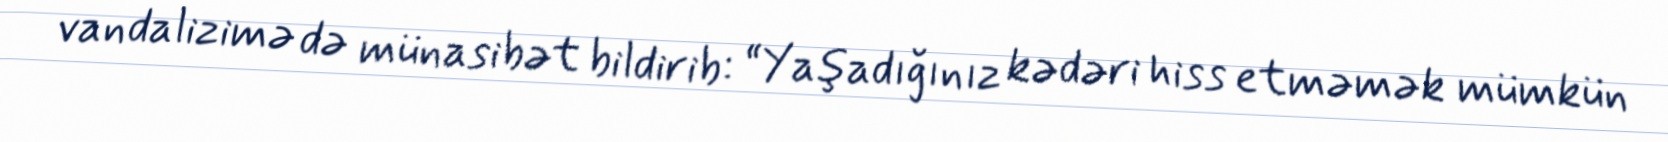
vandalizimə də münasibət bildirib: “Yaşadığınız kədəri hiss etməmək mümkün